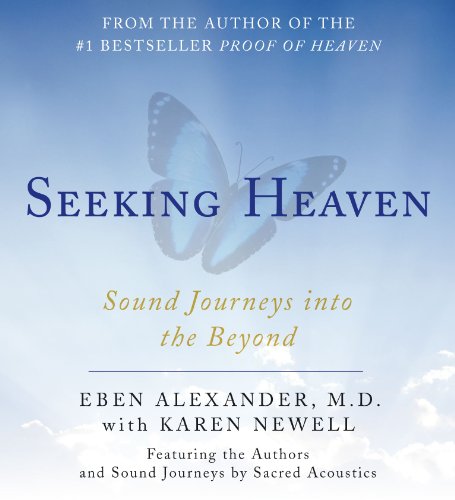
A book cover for Seeking Heaven: Sound Journeys into the Beyond; Eben Alexander M.D.; Christian Books & Bibles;